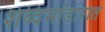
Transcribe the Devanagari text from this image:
शब्दभांडारात